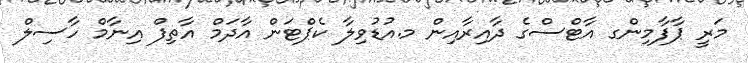
މަރީ ޕާފާމިންގ އާޓްސްގެ ދާއިރާއިން މ.އުޑުވިލާ ކެޕްޓަން އާދަމް އާތިފް އިނާމް ހާސިލް